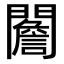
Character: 䦲